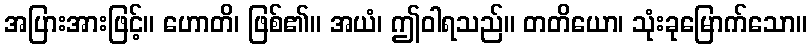
အပြားအားဖြင့်။ ဟောတိ၊ ဖြစ်၏။ အယံ၊ ဤဝါရသည်။ တတိယော၊ သုံးခုမြောက်သော။